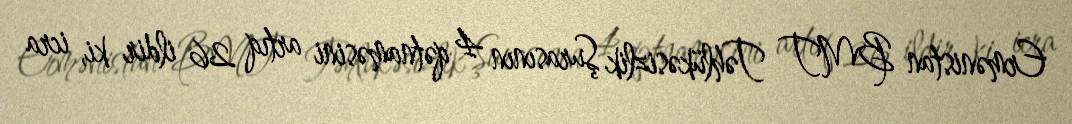
Ermənistan BMT Təhlükəsizlik Şurasının 4 qətnaməsini artıq 26 ildir ki, icra